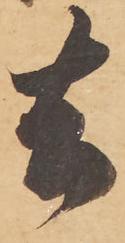
去